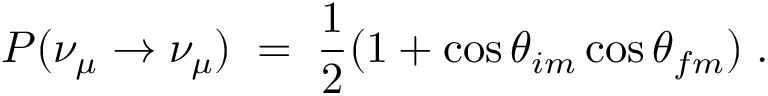
P ( \nu _ { \mu } \rightarrow \nu _ { \mu } ) \; = \; \frac { 1 } { 2 } ( 1 + \cos { { \theta } _ { i m } } \cos { { \theta } _ { f m } } ) \; .